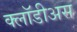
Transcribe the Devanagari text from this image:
क्लॉडीअस